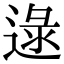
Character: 逯